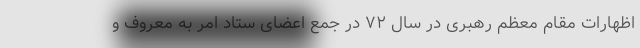
اظهارات مقام معظم رهبری در سال ۷۲ در جمع اعضای ستاد امر به معروف و